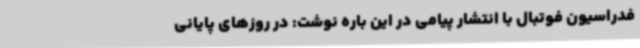
فدراسیون فوتبال با انتشار پیامی در این باره نوشت: در روزهای پایانی